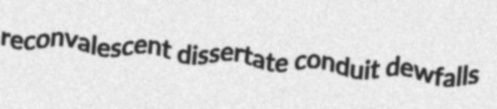
reconvalescent dissertate conduit dewfalls